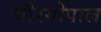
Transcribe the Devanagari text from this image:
गौरगोपाल